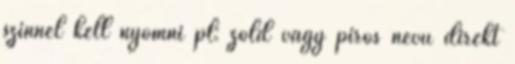
színnel kell nyomni pl: zöld vagy piros nevű direkt